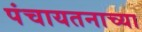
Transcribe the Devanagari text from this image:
पंचायतनाच्या